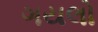
ગયલો